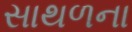
સાથળના